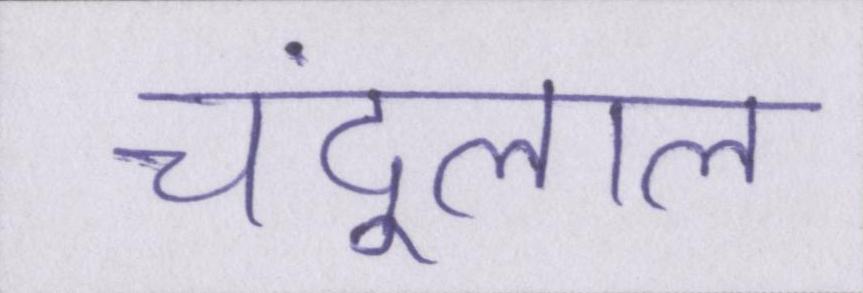
चंदूलाल